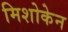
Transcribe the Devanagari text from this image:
मिशोकेन